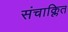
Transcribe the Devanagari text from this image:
संचाक्लित